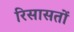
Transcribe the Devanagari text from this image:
रिसासतों